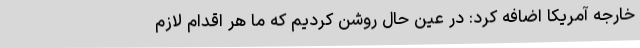
خارجه آمریکا اضافه کرد: در عین حال روشن کردیم که ما هر اقدام لازم